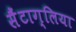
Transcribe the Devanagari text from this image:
सैंटाग्लिया